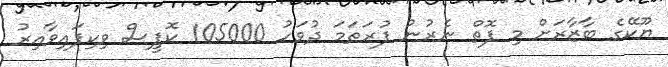
ޔޫކޭގެ ބާޒާރަށް މި ފޮތް ނެރުނު ފުރަތަމަ ދުވަހު 105000 ކޮޕީސް ވިކިފައިވާއިރު